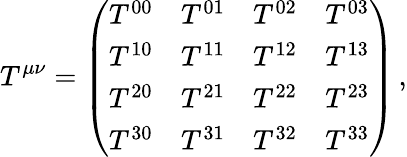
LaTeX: T^{\mu\nu}={\left(\begin{array}{llll}{T^{00}}&{T^{01}}&{T^{02}}&{T^{03}}\\ {T^{10}}&{T^{11}}&{T^{12}}&{T^{13}}\\ {T^{20}}&{T^{21}}&{T^{22}}&{T^{23}}\\ {T^{30}}&{T^{31}}&{T^{32}}&{T^{33}}\end{array}\right)}\, ,